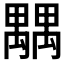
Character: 𥝉